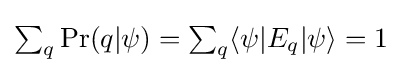
{\textstyle \sum _{q}\Pr(q|\psi )=\sum _{q}\langle \psi |E_{q}|\psi \rangle =1}